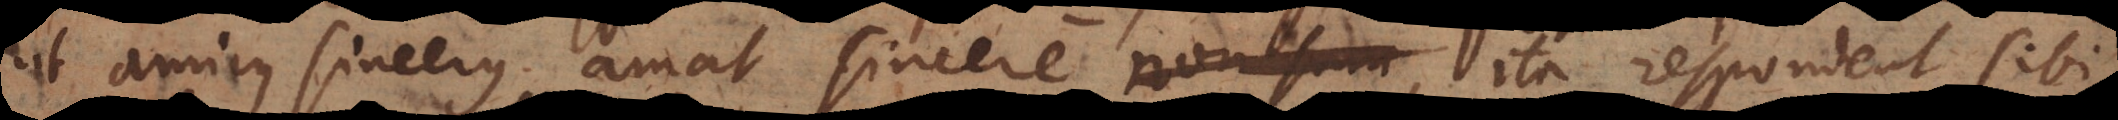
ut amicus sincerus amat sincere, ita respondent sibi